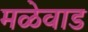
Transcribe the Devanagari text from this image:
मळेवाड